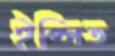
ইপ্সিত